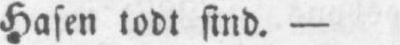
Hasen todt sind. -